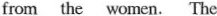
from the women. The